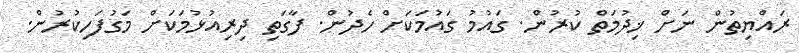
ރައްޔިތުން ނަށް ޚިދުމަތް ކުރުން. ގައުމު ގައުމަކަށް ހެދުން. ފާގަތި ދިރިއުޅުމަކަށް މަގުފަހިކުރުން.